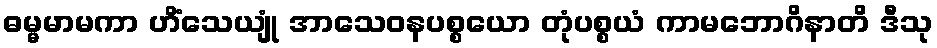
ဓမ္မမာမကာ ဟိံသေယျုံ အာသေဝနပစ္စယော တုံပစ္စယံ ကာမဘောဂိနာတိ ဒီသု